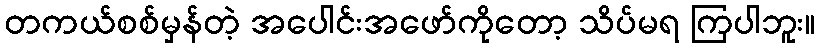
တကယ်စစ်မှန်တဲ့ အပေါင်းအဖော်ကိုတော့ သိပ်မရ ကြပါဘူး။